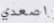
اصعدي